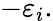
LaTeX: -\varepsilon_{i}.